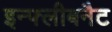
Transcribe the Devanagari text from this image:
इन्फ्लीबनैट